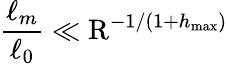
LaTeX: \frac{\ell_{m}}{\ell_{0}}\ll\mathrm{R}^{-1/(1+h_{\operatorname*{max}})}